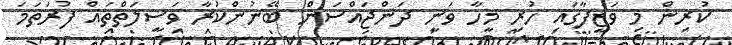
ކުރިން މި ވަޒީފާގައި ހުރި މީހާ ވަނީ ދަންޖައްސަން ބޭނުންކުރާ ވަސީލަތްތައް ފުރަތަމަ